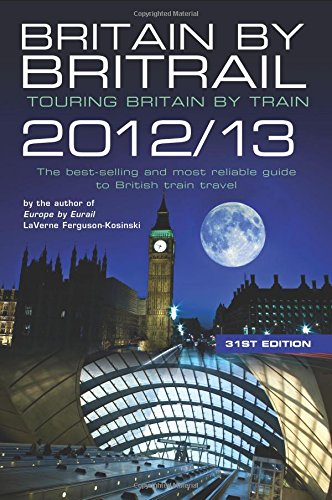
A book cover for Britain by Britrail 2012/13: Touring Britain by Train; Laverne Ferguson-Kosinski; Travel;